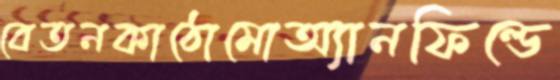
বেতনকাঠোমোঅ্যানফিল্ডে